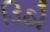
ડિઠો